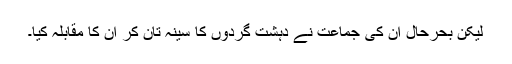
لیکن بحرحال ان کی جماعت نے دہشت گردوں کا سینہ تان کر ان کا مقابلہ کیا۔